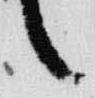
言